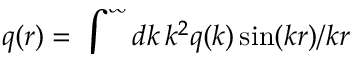
q ( r ) = \smash { \int _ { 0 } ^ { \infty } d k \, k ^ { 2 } q ( k ) \sin ( k r ) / k r }